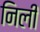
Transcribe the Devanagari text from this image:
निली